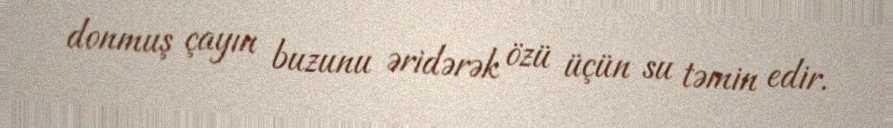
donmuş çayın buzunu əridərək özü üçün su təmin edir.